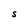
Character: S